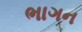
ભાગન